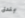
بندق